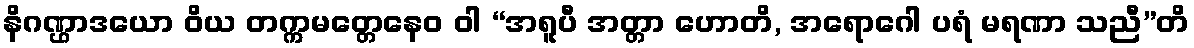
နိဂဏ္ဌာဒယော ဝိယ တက္ကမတ္တေနေဝ ဝါ “အရူပီ အတ္တာ ဟောတိ, အရောဂေါ ပရံ မရဏာ သညီ”တိ